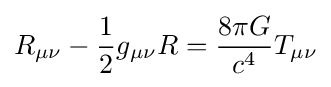
R_{\mu \nu }-{\frac {1}{2}}g_{\mu \nu }R={\frac {8\pi G}{c^{4}}}T_{\mu \nu }